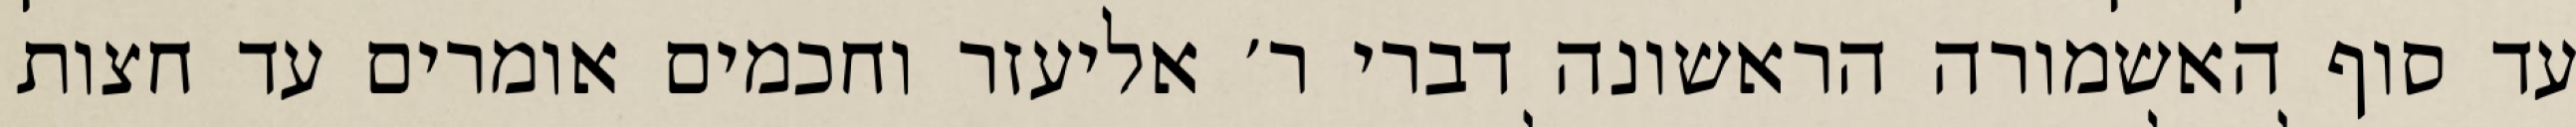
עד סוף האשמורה הראשונה דברי ר׳ אליעזר וחכמים אומרים עד חצות